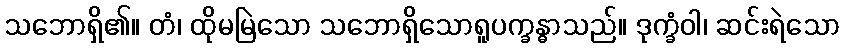
သဘောရှိ၏။ တံ၊ ထိုမမြဲသော သဘောရှိသောရူပက္ခန္ဓာသည်။ ဒုက္ခံဝါ၊ ဆင်းရဲသော